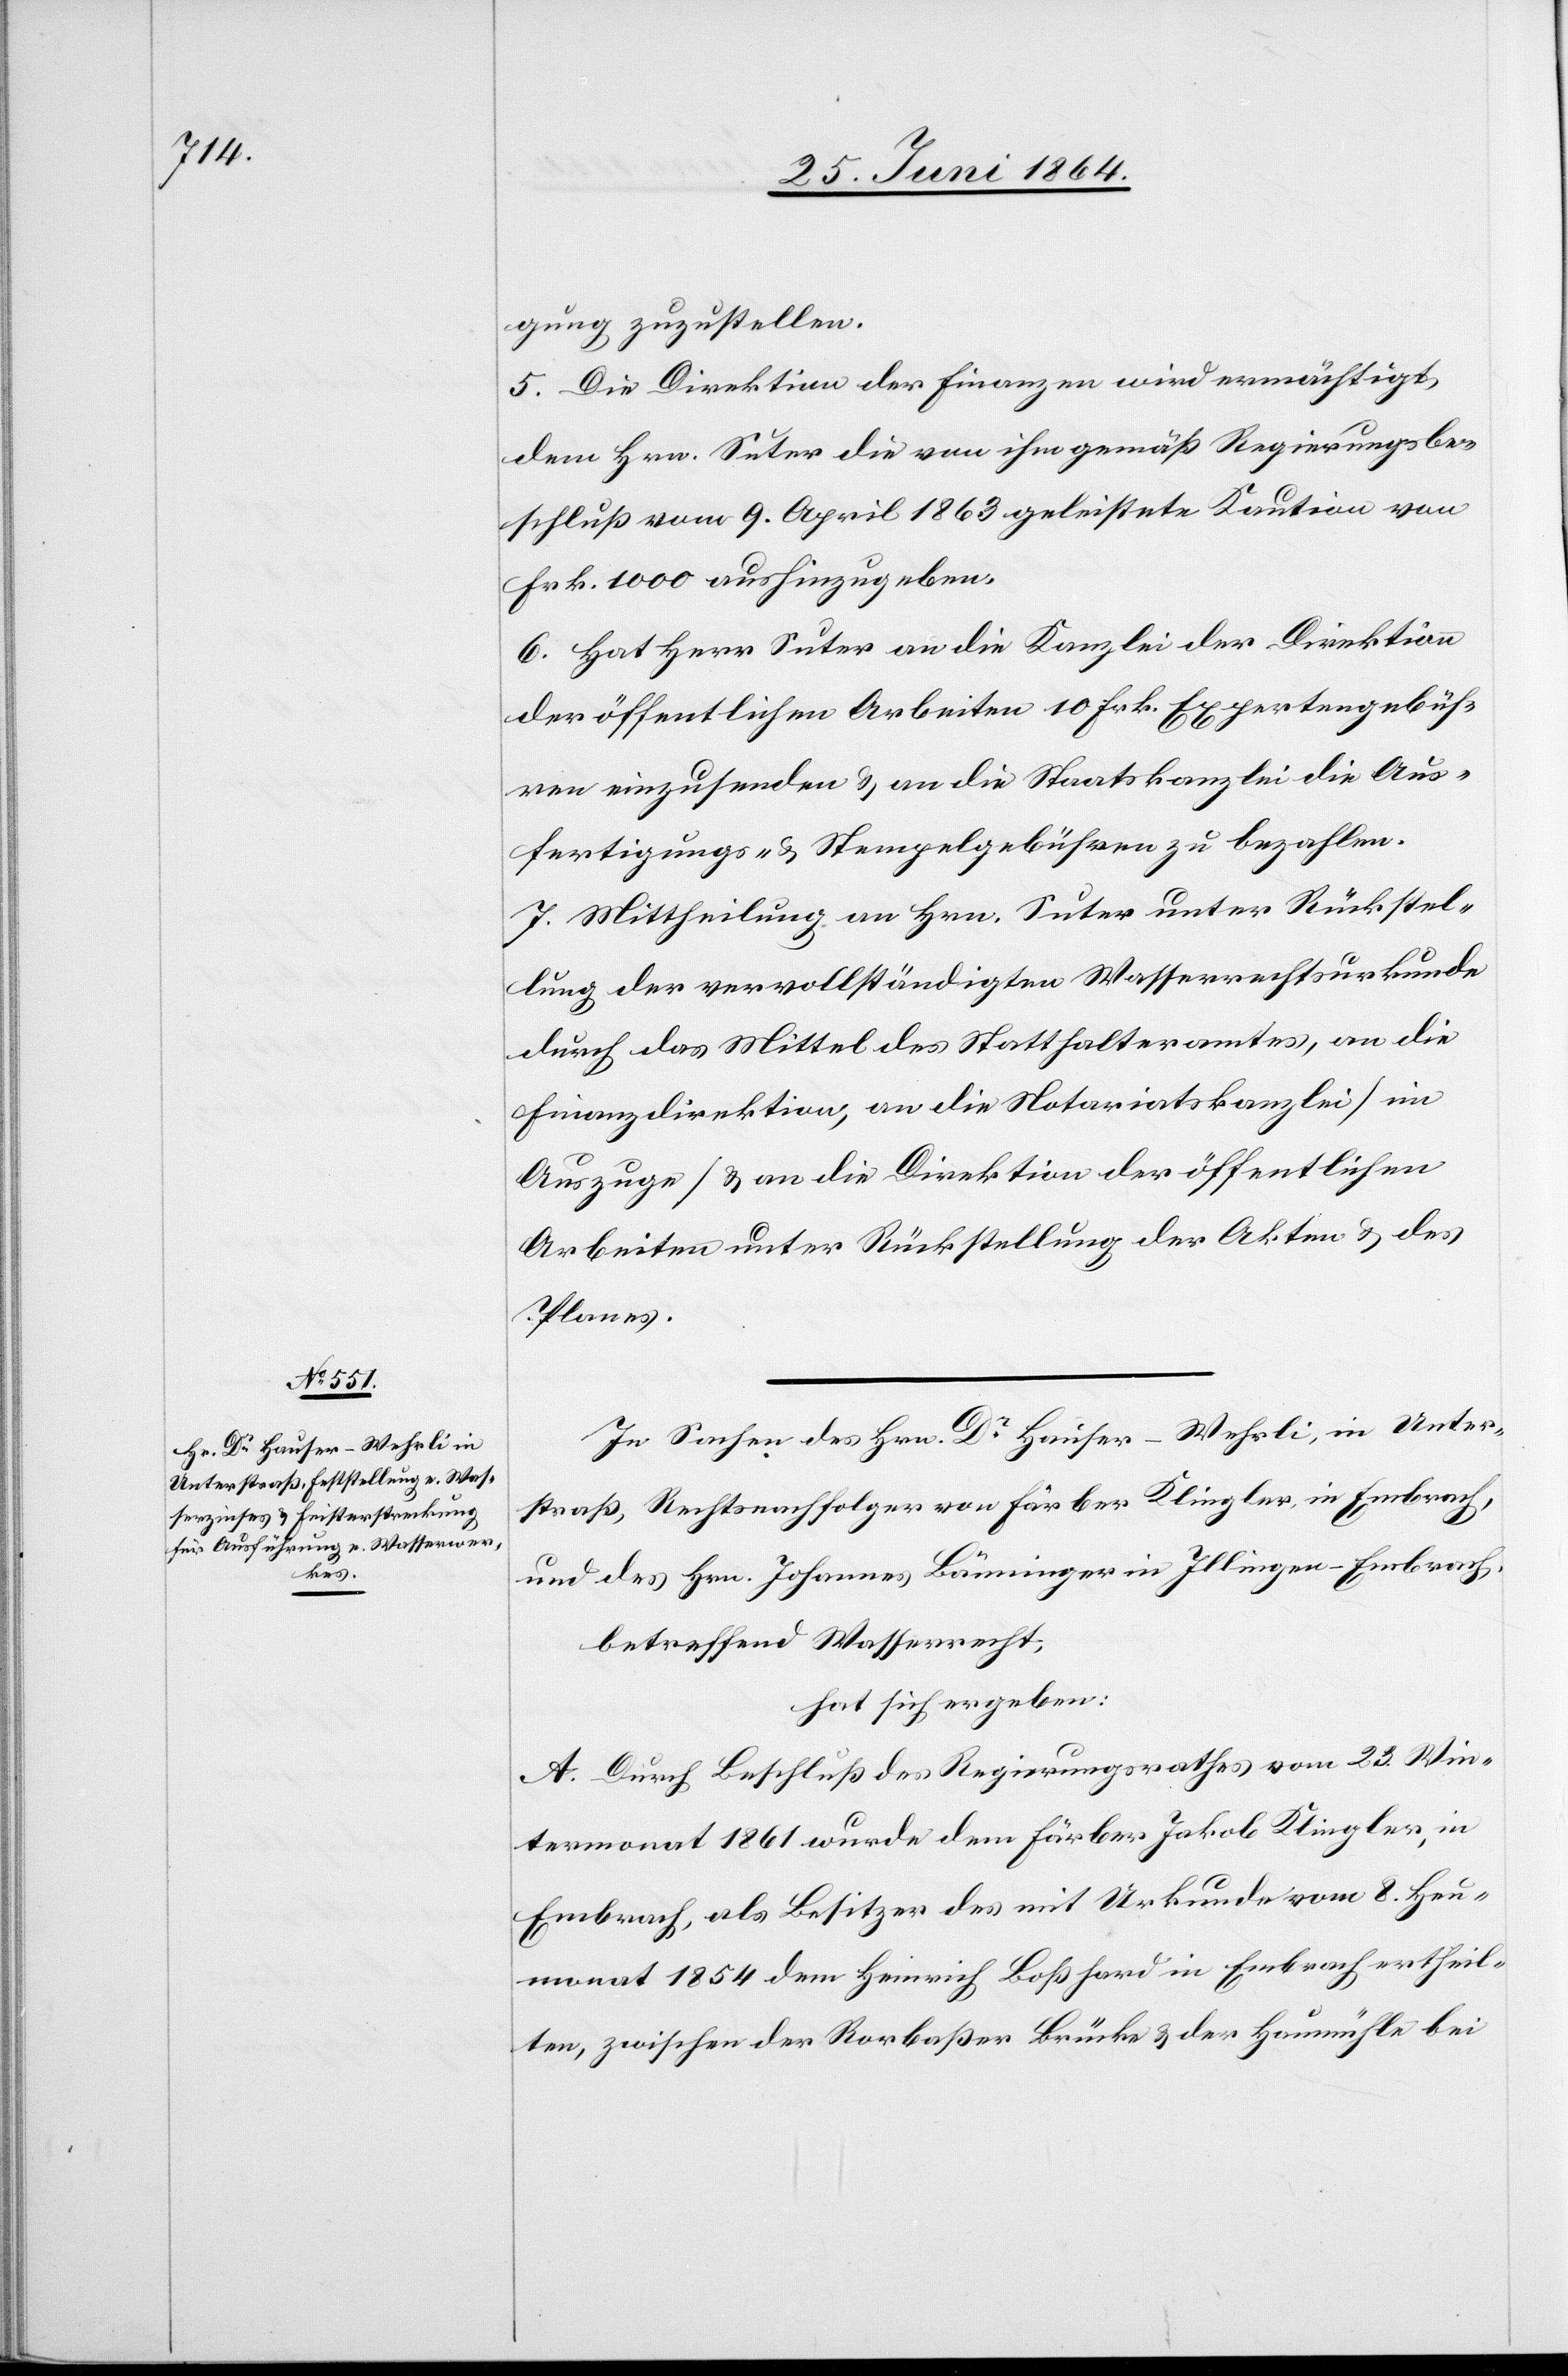
gung zuzustellen.
5. Die Direktion der Finanzen wird ermächtigt,
dem Hrn. Suter die von ihm gemäß Regierungsbe¬
schluß vom 9. April 1863 geleistete Kaution von
Frk. 1000 aushinzugeben.
6. Hat Herr Suter an die Kanzlei der Direktion
der öffentlichen Arbeiten 10 Frk. Expertengebüh¬
ren einzusenden u. an die Staatskanzlei die Aus¬
fertigungs- u. Stempelgebühren zu bezahlen.
7. Mittheilung an Hrn. Suter unter Rückstel¬
lung der vervollständigten Wasserrechtsurkunde
durch das Mittel des Statthalteramtes, an die
Finanzdirektion, an die Notariatskanzlei [im
Auszuge] u. an die Direktion der öffentlichen
Arbeiten unter Rückstellung der Akten u. des
Planes.
In Sachen des Hrn. Dr Hauser-Wehrli, in Unter¬
straß, Rechtsnachfolger von Färber Klingler, in Embrach,
und des Hrn. Johannes Bänninger in Illingen-Embrach,
betreffend Wasserrecht,
hat sich ergeben:
A. Durch Beschluß des Regierungsrathes vom 23. Win¬
termonat 1861 wurde dem Färber Jakob Klingler, in
Embrach, als Besitzer des mit Urkunde vom 8. Heu¬
monat 1854 dem Heinrich Boßhard in Embrach ertheil¬
ten, zwischen der Rorbaßer Brücke u. der Heumühle bei